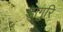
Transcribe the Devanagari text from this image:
डागुरि